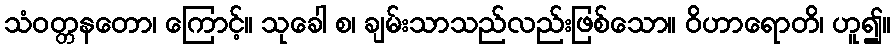
သံဝတ္တနတော၊ ကြောင့်။ သုခေါ စ၊ ချမ်းသာသည်လည်းဖြစ်သော။ ဝိဟာရောတိ၊ ဟူ၍။